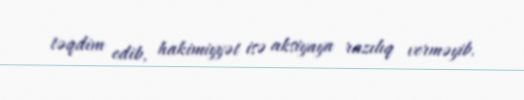
təqdim edib, hakimiyyət isə aksiyaya razılıq verməyib.